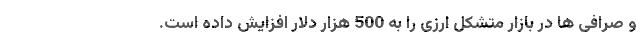
و صرافی ها در بازار متشکل ارزی را به 500 هزار دلار افزایش داده است.